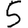
Digit: 5